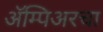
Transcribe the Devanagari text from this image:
ॲम्पिअरचा